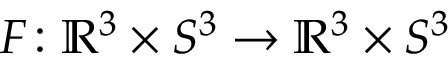
F \colon \mathbb { R } ^ { 3 } \times S ^ { 3 } \rightarrow \mathbb { R } ^ { 3 } \times S ^ { 3 }